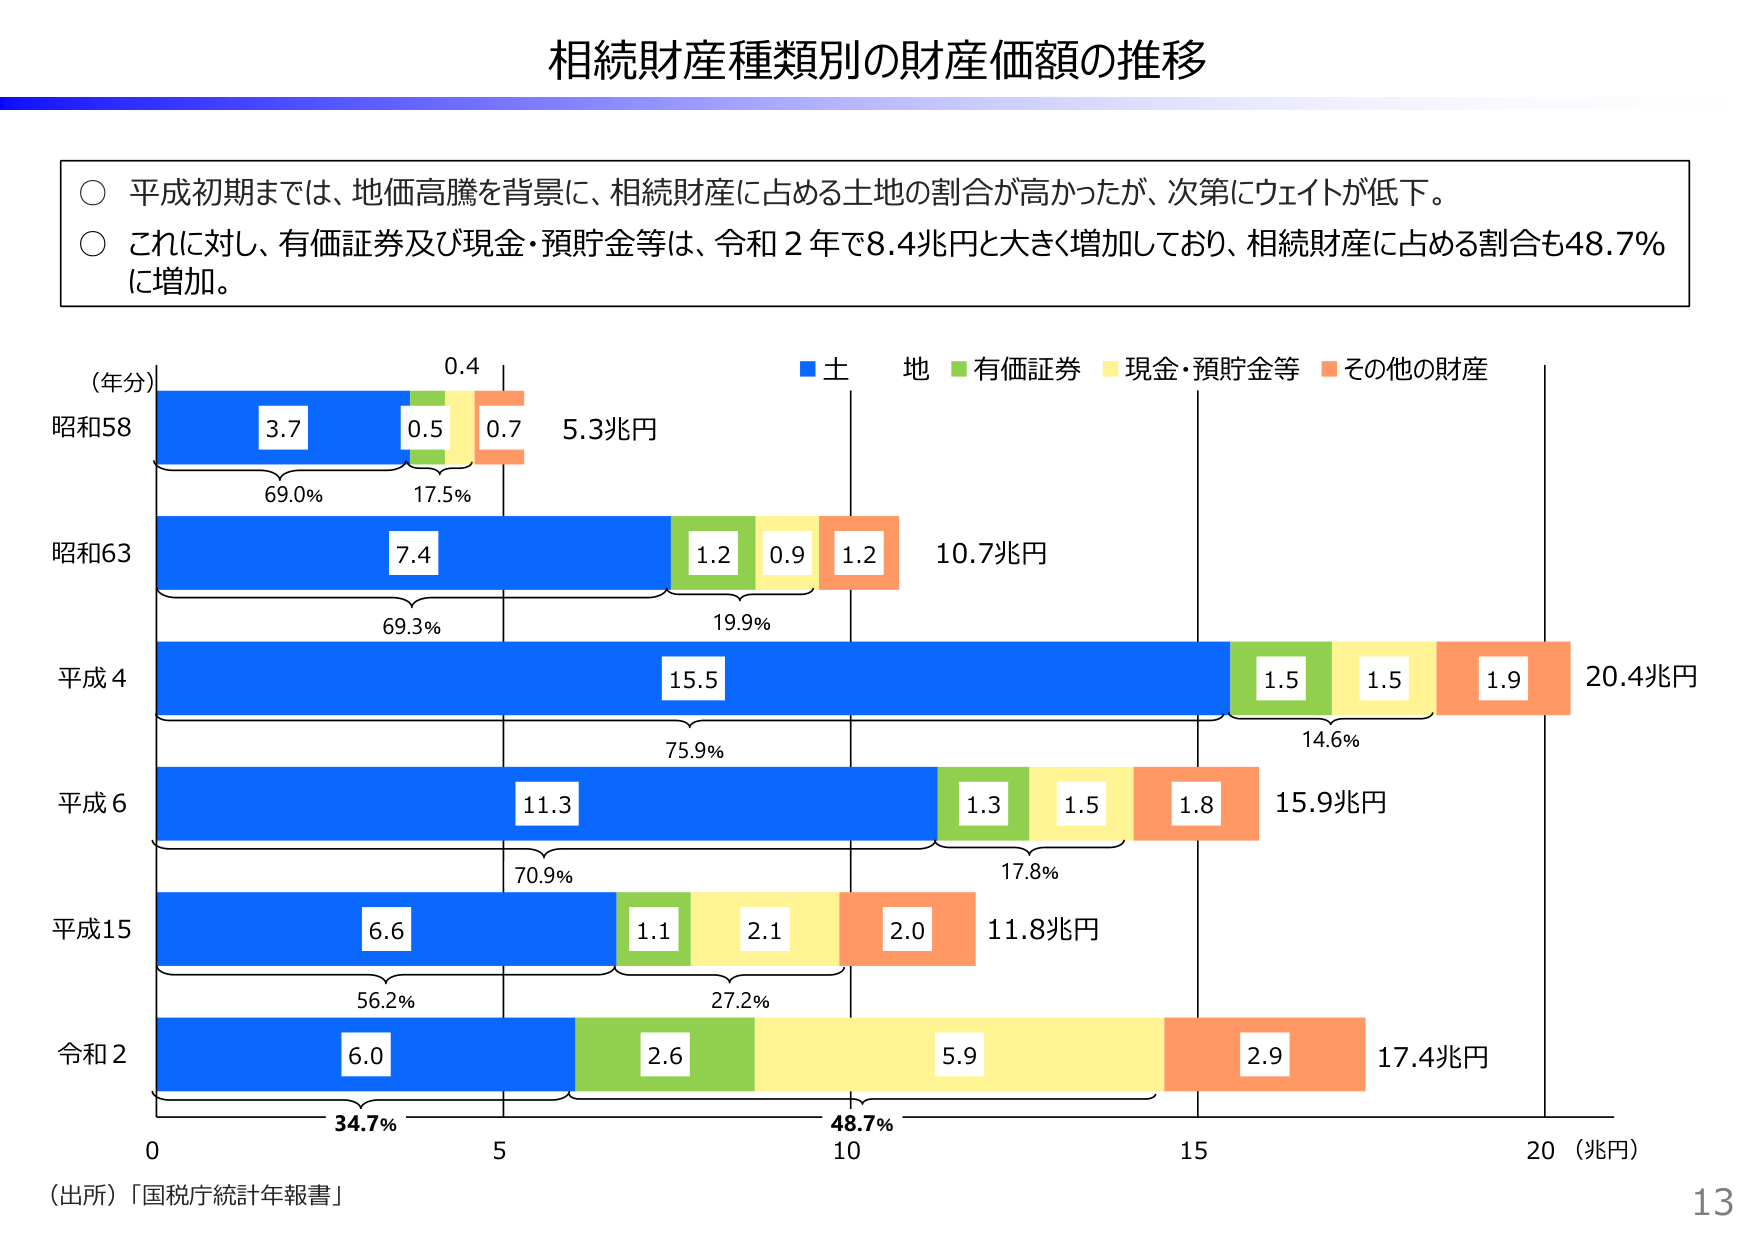
相続財産種類別の財産価額の推移

○ 平成初期までは、地価高騰を背景に、相続財産に占める土地の割合が高かったが、次第にウェイトが低下。
○ これに対し、有価証券及び現金・預貯金等は、令和２年で8.4兆円と大きく増加しており、相続財産に占める割合も48.7％に増加。

（年分）
昭和58
3.7 0.5 0.4 0.7 5.3兆円
69.0% 17.5%

昭和63
7.4 1.2 0.9 1.2 10.7兆円
69.3% 19.9%

平成4
15.5 1.5 1.5 1.9 20.4兆円
75.9% 14.6%

平成6
11.3 1.3 1.5 1.8 15.9兆円
70.9% 17.8%

平成15
6.6 1.1 2.1 2.0 11.8兆円
56.2% 27.2%

令和2
6.0 2.6 5.9 2.9 17.4兆円
34.7% 48.7%

0 5 10 15 20（兆円）

■ 土地 ■ 有価証券 ■ 現金・預貯金等 ■ その他の財産

（出所）「国税庁統計年報書」

13